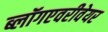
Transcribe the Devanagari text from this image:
ब्लॉगएवरीवेयर